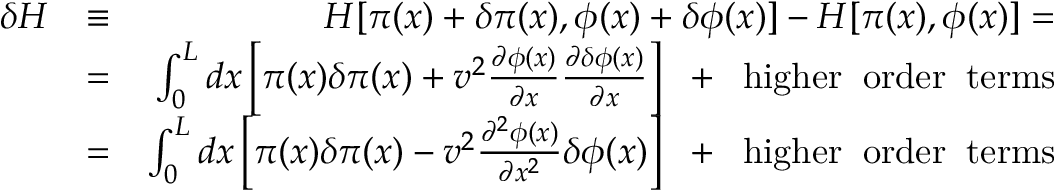
\begin{array} { r l r } { \delta H } & { \equiv } & { H [ \pi ( x ) + \delta \pi ( x ) , \phi ( x ) + \delta \phi ( x ) ] - H [ \pi ( x ) , \phi ( x ) ] = } \\ & { = } & { \int _ { 0 } ^ { L } d x \left[ \pi ( x ) \delta \pi ( x ) + v ^ { 2 } \frac { \partial \phi ( x ) } { \partial x } \frac { \partial \delta \phi ( x ) } { \partial x } \right] \; \; + \; \; \mathrm { h i g h e r \; \; o r d e r \; \; t e r m s } } \\ & { = } & { \int _ { 0 } ^ { L } d x \left[ \pi ( x ) \delta \pi ( x ) - v ^ { 2 } \frac { \partial ^ { 2 } \phi ( x ) } { \partial x ^ { 2 } } \delta \phi ( x ) \right] \; \; + \; \; \mathrm { h i g h e r \; \; o r d e r \; \; t e r m s } } \end{array}